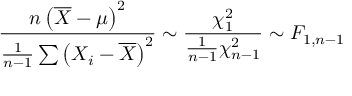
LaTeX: { \frac { n \left( { \overline { { X } } } - \mu \right) ^ { 2 } } { { \frac { 1 } { n - 1 } } \sum \left( X _ { i } - { \overline { { X } } } \right) ^ { 2 } } } \sim { \frac { \chi _ { 1 } ^ { 2 } } { { \frac { 1 } { n - 1 } } \chi _ { n - 1 } ^ { 2 } } } \sim F _ { 1 , n - 1 }